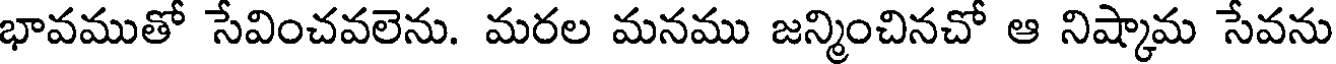
భావముతో సేవించవలెను. మరల మనము జన్మించినచో ఆ నిష్కామ సేవను